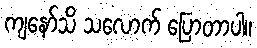
ကျနော်သိ သလောက် ပြောတာပါ။